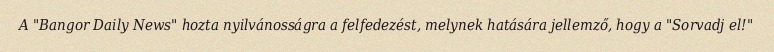
A "Bangor Daily News" hozta nyilvánosságra a felfedezést, melynek hatására jellemző, hogy a "Sorvadj el!"